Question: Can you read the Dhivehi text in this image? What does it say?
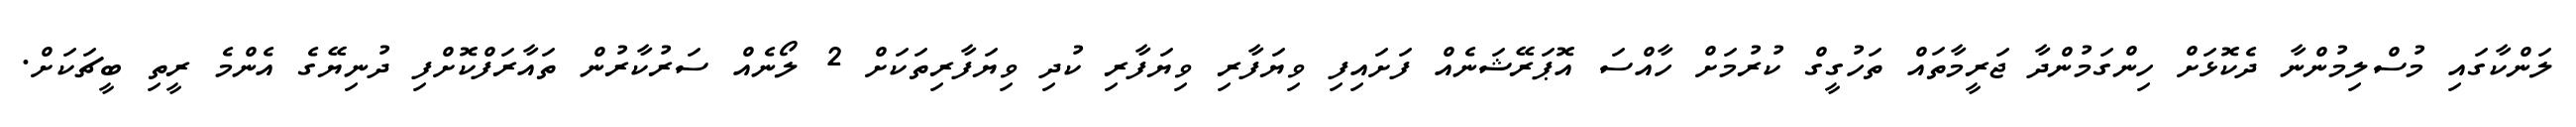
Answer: ލަންކާގައި މުސްލިމުންނާ ދެކޮޅަށް ހިންގަމުންދާ ޖަރީމާތައް ތަހުގީގް ކުރުމަށް ހާއްސަ އޮޕަރޭޝަނެއް ފަށައިފި ވިޔަފާރި ވިޔަފާރި ކުދި ވިޔަފާރިތަކަށް 2 ލޯނެއް ސަރުކާރުން ތައާރަފްކޮށްފި ދުނިޔޭގެ އެންމެ ރީތި ބީޗަކަށް.